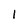
Character: 1